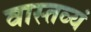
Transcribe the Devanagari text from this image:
वास्तव्यं